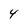
Character: 4